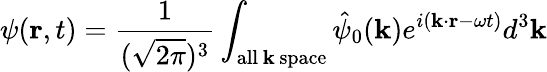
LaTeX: \psi(\mathbf{r},t)={\frac{1}{({\sqrt{2\pi}})^{3}}}\int_{\mathrm{all\, {\textbf{k}}\, space}}{\hat{\psi}}_{0}(\mathbf{k})e^{i(\mathbf{k}\cdot\mathbf{r}-\omega t)}d^{3}\mathbf{k}